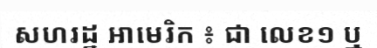
សហរដ្ឋ អាមេរិក ៖ ជា លេខ១ ឬ